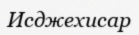
Исджехисар